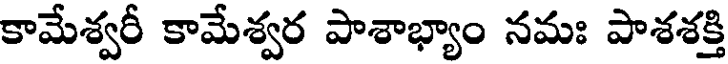
కామేశ్వరీ కామేశ్వర పాశాభ్యాం నమః పాశశక్తి